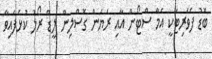
ބޮޑު ފެވަރިޓަކީ އެމާ ސްޓޯން އާއި ރަޔަން ގޮސްލިން ލީޑް ރޯލު ކުޅެފައިވާ